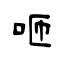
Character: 咂